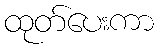
ထုတ်ပေးကာ